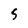
Character: 5